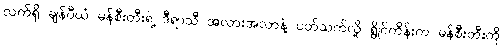
လက်ရှိ ချန်ပီယံ မန်စီးတီးရဲ့ ဒီရာသီ အလားအလာနဲ့ ပတ်သက်လို့ ရွိုင်ကိန်းက မန်စီးတီးကို